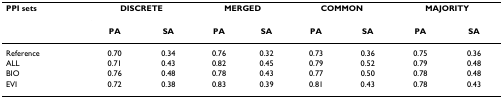
<table><thead><tr><td><b>PPI sets</b></td><td colspan="2"><b>DISCRETE</b></td><td colspan="2"><b>MERGED</b></td><td colspan="2"><b>COMMON</b></td><td colspan="2"><b>MAJORITY</b></td></tr><tr><td></td><td><b>PA</b></td><td><b>SA</b></td><td><b>PA</b></td><td><b>SA</b></td><td><b>PA</b></td><td><b>SA</b></td><td><b>PA</b></td><td><b>SA</b></td></tr></thead><tbody><tr><td>Reference</td><td>0.70</td><td>0.34</td><td>0.76</td><td>0.32</td><td>0.73</td><td>0.36</td><td>0.75</td><td>0.36</td></tr><tr><td>ALL</td><td>0.71</td><td>0.43</td><td>0.82</td><td>0.45</td><td>0.79</td><td>0.52</td><td>0.79</td><td>0.48</td></tr><tr><td>BIO</td><td>0.76</td><td>0.48</td><td>0.78</td><td>0.43</td><td>0.77</td><td>0.50</td><td>0.78</td><td>0.48</td></tr><tr><td>EVI</td><td>0.72</td><td>0.38</td><td>0.83</td><td>0.39</td><td>0.81</td><td>0.43</td><td>0.78</td><td>0.43</td></tr></tbody></table>